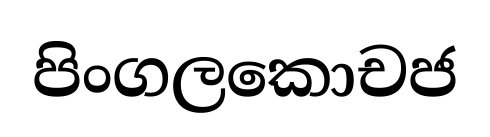
පිංගලකොචජ